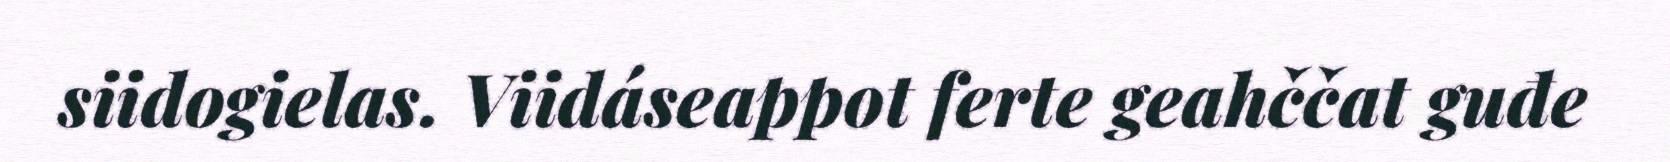
siidogielas. Viidáseappot ferte geahččat guđe